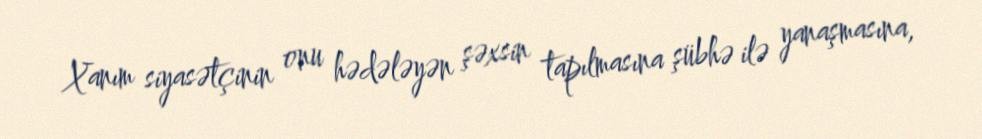
Xanım siyasətçinin onu hədələyən şəxsin tapılmasına şübhə ilə yanaşmasına,